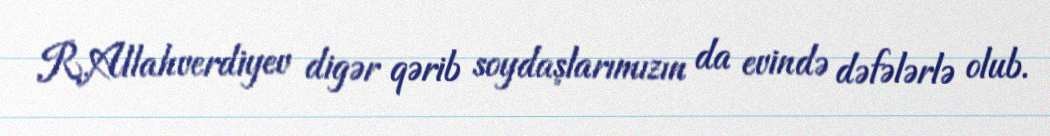
R.Allahverdiyev digər qərib soydaşlarımızın da evində dəfələrlə olub.